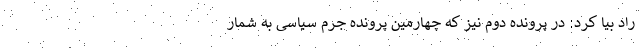
راد بیا کرد: در پرونده دوم نیز که چهارمین پرونده جرم سیاسی به شمار